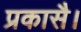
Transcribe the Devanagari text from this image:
प्रकासै।